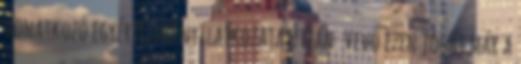
vonatkozó egyértelmű nyilatkozata útján. Vevő ezen jogát már a